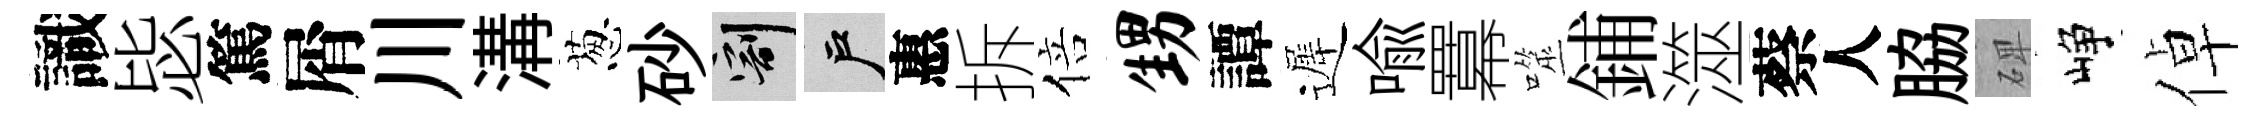
識毖篤屑川溝葱砂割户惠拆倍甥譚遲喩羃噬鋪澨蔡人脇𥓓峥倬